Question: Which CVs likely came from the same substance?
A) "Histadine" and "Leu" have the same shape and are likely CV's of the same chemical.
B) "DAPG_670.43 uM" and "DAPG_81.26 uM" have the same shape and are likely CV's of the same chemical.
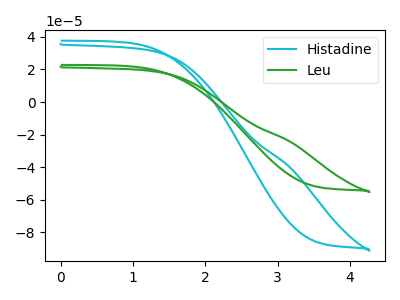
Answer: <think>The cyan curve "Histadine" has no peaks. The green curve "Leu" has no peaks.
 Neither "Histadine" or "Leu" have any peaks.</think>
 <answer>A) "Histadine" and "Leu" have the same shape and are likely CV's of the same chemical.</answer>
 <eval>A</eval>